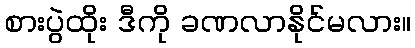
စားပွဲထိုး ဒီကို ခဏလာနိုင်မလား။